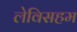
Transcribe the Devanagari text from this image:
लेविसहम